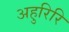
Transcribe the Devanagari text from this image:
अहुरिरि